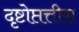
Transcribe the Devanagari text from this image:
दृष्टोप्तत्तीस